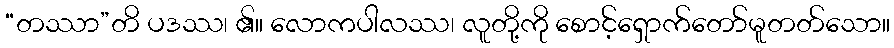
“တဿာ”တိ ပဒဿ၊ ၏။ လောကပါလဿ၊ လူတို့ကို စောင့်ရှောက်တော်မူတတ်သော။